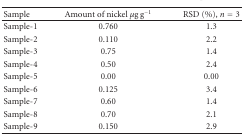
<table><thead><tr><td><b>Sample</b></td><td><b>Amount of nickel <i>μ</i>g g<sup>−1</sup></b></td><td><b>RSD (%), <i>n</i> = 3</b></td></tr></thead><tbody><tr><td>Sample-1</td><td>0.760</td><td>1.3</td></tr><tr><td>Sample-2</td><td>0.110</td><td>2.2</td></tr><tr><td>Sample-3</td><td>0.75</td><td>1.4</td></tr><tr><td>Sample-4</td><td>0.50</td><td>2.4</td></tr><tr><td>Sample-5</td><td>0.00</td><td>0.00</td></tr><tr><td>Sample-6</td><td>0.125</td><td>3.4</td></tr><tr><td>Sample-7</td><td>0.60</td><td>1.4</td></tr><tr><td>Sample-8</td><td>0.70</td><td>2.1</td></tr><tr><td>Sample-9</td><td>0.150</td><td>2.9</td></tr></tbody></table>